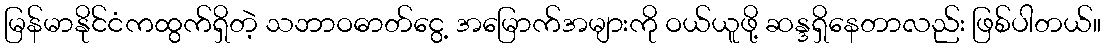
မြန်မာနိုင်ငံကထွက်ရှိတဲ့ သဘာဝဓာတ်ငွေ့ အမြောက်အများကို ဝယ်ယူဖို့ ဆန္ဒရှိနေတာလည်း ဖြစ်ပါတယ်။